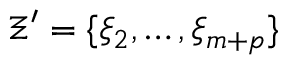
\Xi ^ { \prime } = \{ \xi _ { 2 } , \ldots , \xi _ { m + p } \}